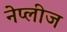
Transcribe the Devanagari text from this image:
नेप्लीज